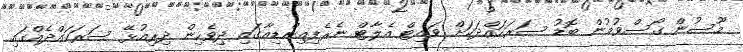
މޫސުން ގޯސްވުމުން ބޮޑު ސަރަހައްދަކަށް ވައިޓް އެލާޓް ނެރެފިއިންޑިއާގައި ދިވެހިން ދިރިއުޅޭ ސަރަހައްދެއްގައި